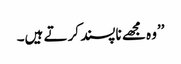
’’وہ مجھے ناپسند کرتے ہیں۔